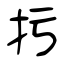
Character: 扝